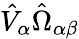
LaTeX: \hat{V}_{\alpha}\hat{\Omega}_{\alpha\beta}